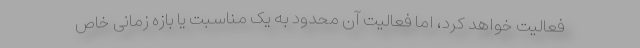
فعالیت خواهد کرد، اما فعالیت آن محدود به یک مناسبت یا بازه زمانی خاص